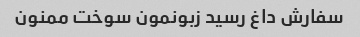
سفارش داغ رسید زبونمون سوخت ممنون